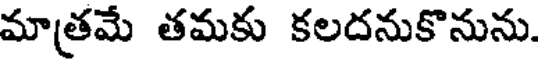
మాత్రమే తమకు కలదనుకొనును.